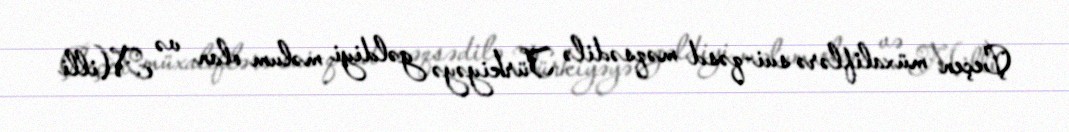
Çeçen müxaliflərə sui-qəsd məqsədilə Türkiyəyə gəldiyi məlum olan və Milli